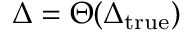
\Delta = \Theta ( \Delta _ { \mathrm { t r u e } } )